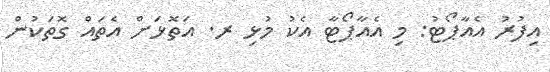
އިފުރު އެއާޕޯޓު: މި އެއާޕޯޓާ އެކު މުޅި ރ. އަތޮޅަަށް އެތައް ގޮތަކުން